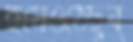
হয়েওঠেছুব্